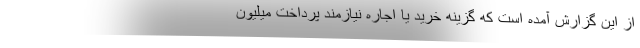
از این گزارش آمده است که گزینه خرید یا اجاره نیازمند پرداخت میلیون